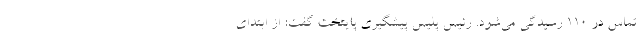
تماس در ۱۱۰ رسیدگی می‌شود. رئیس پلیس پیشگیری پایتخت گفت: از ابتدای